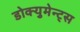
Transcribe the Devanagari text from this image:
डोक्युमेन्ट्स